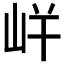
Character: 𭖓